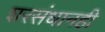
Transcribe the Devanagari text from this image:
शरसंधानही